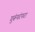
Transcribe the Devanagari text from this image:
गुरूंपरंपरा